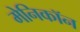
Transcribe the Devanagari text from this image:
मेनिकॉन